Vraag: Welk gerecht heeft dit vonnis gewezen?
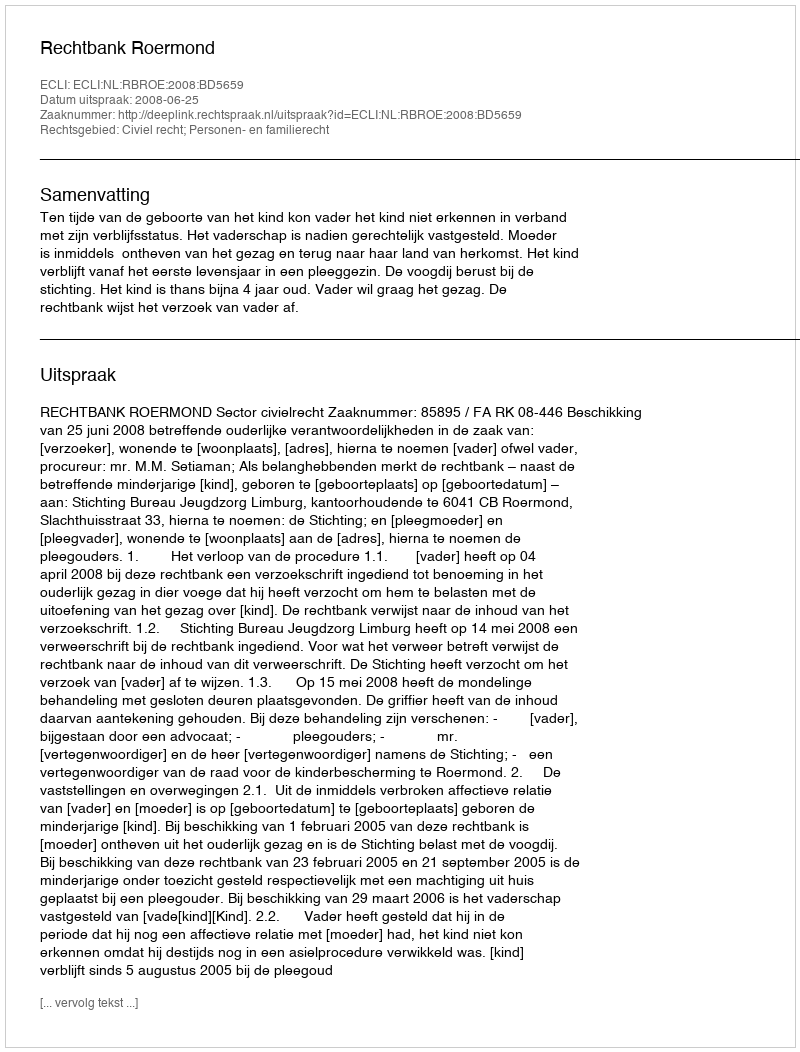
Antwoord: Rechtbank Roermond